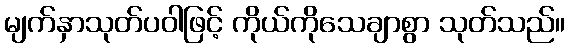
မျက်နှာသုတ်ပဝါဖြင့် ကိုယ်ကိုသေချာစွာ သုတ်သည်။